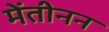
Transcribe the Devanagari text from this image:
मेंतीनन